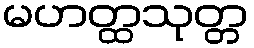
မဟတ္ထသုတ္တ